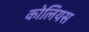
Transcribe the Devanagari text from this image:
कोलियस